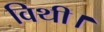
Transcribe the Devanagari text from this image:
विथी।